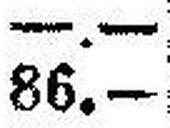
86.—